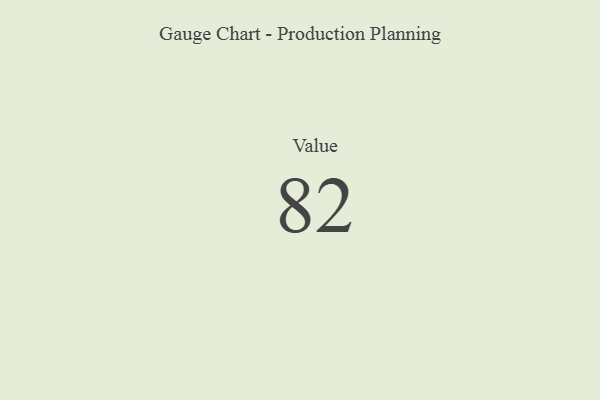
{"axis": {"x": "Metric", "y": "Value"}, "legend": [""], "data": [{"x": "Value", "y": 82, "type": ""}]}